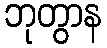
ဘုတွာန